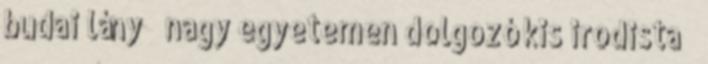
budai lány nagy egyetemen dolgozó kis irodista